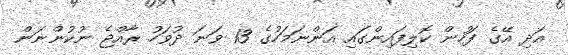
އަދި އޭގެ ފަހުން ކޮލިފައިންގައި އަންނަމަހުގެ 13 ވަނަ ދުވަހު ރާއްޖެ ނުކުންނަން